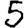
Digit: 5